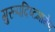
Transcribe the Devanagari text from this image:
गुरूपदिष्टमार्गेण